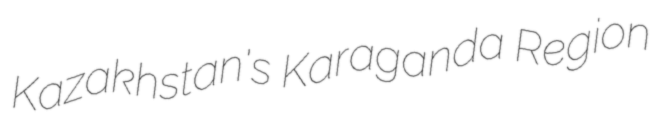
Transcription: Kazakhstan's Karaganda Region